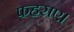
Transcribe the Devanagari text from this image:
फहराए।